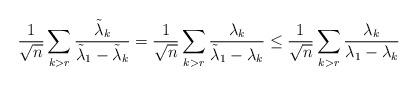
LaTeX: \begin{align*} \frac{1}{\sqrt{n}}\sum_{k>r}\frac{\tilde\lambda_k}{\tilde\lambda_1-\tilde\lambda_k}=\frac{1}{\sqrt{n}}\sum_{k>r}\frac{\lambda_k}{\tilde\lambda_1-\lambda_k}\leq \frac{1}{\sqrt{n}}\sum_{k>r}\frac{\lambda_k}{\lambda_1-\lambda_k}\end{align*}